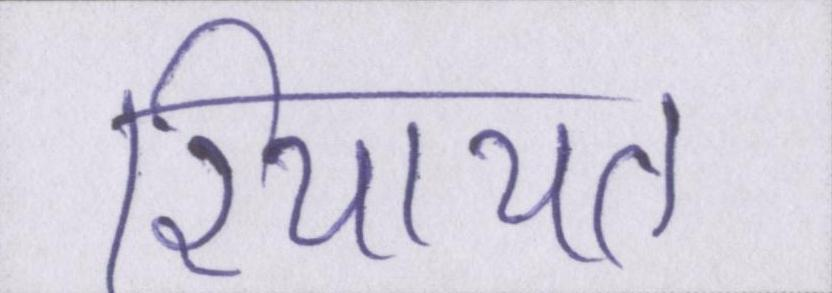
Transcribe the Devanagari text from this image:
रियायत